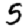
Digit: 5